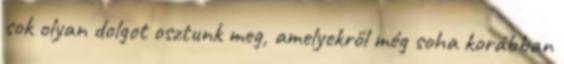
sok olyan dolgot osztunk meg, amelyekről még soha korábban